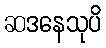
ဆဒနေသုပိ